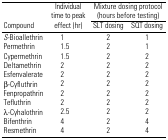
<table><thead><tr><td rowspan="2"><b>Compound</b></td><td rowspan="2"><b>Individual time to peak effect (hr)</b></td><td colspan="2"><b>Mixture dosing protocol (hours before testing)</b></td></tr><tr><td><b>SLT dosing</b></td><td><b>SQT dosing</b></td></tr></thead><tbody><tr><td><i>S</i>-Bioallethrin</td><td>1</td><td>2</td><td>1</td></tr><tr><td>Permethrin</td><td>1.5</td><td>2</td><td>1</td></tr><tr><td>Cypermethrin</td><td>1.5</td><td>2</td><td>2</td></tr><tr><td>Deltamethrin</td><td>2</td><td>2</td><td>2</td></tr><tr><td>Esfenvalerate</td><td>2</td><td>2</td><td>2</td></tr><tr><td>β-Cyfluthrin</td><td>2</td><td>2</td><td>2</td></tr><tr><td>Fenpropathrin</td><td>2</td><td>2</td><td>2</td></tr><tr><td>Tefluthrin</td><td>2</td><td>2</td><td>2</td></tr><tr><td>λ-Cyhalothrin</td><td>2.5</td><td>2</td><td>2</td></tr><tr><td>Bifenthrin</td><td>4</td><td>2</td><td>4</td></tr><tr><td>Resmethrin</td><td>4</td><td>2</td><td>4</td></tr></tbody></table>